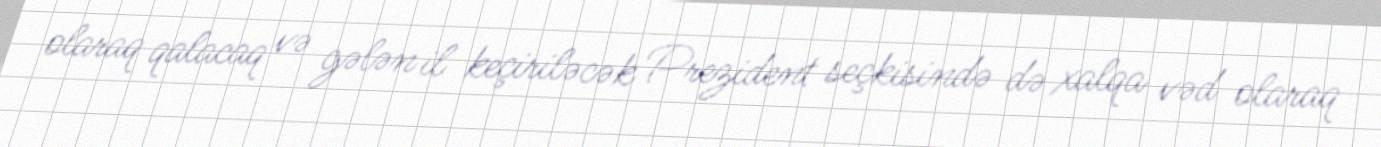
olaraq qalacaq və gələn il keçiriləcək Prezident seçkisində də xalqa vəd olaraq